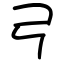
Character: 𢎗